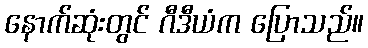
နောက်ဆုံးတွင် ဂီဒီယံက ပြောသည်။